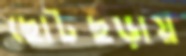
ছোটছড়ায়